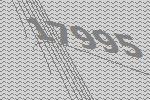
17995